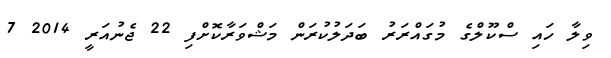
ވިލާ ހައި ސްކޫލްގެ މުގައްރަރު ބަދަލުކުރަން މަޝްވަރާކޮށްފި 22 ޖެނުއަރީ 2014 7